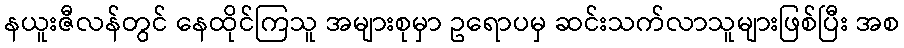
နယူးဇီလန်တွင် နေထိုင်ကြသူ အများစုမှာ ဥရောပမှ ဆင်းသက်လာသူများဖြစ်ပြီး အစ